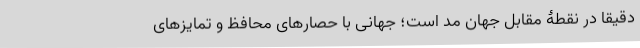
دقیقاً در نقطۀ مقابل جهان مد است؛ جهانی با حصارهای محافظ و تمایزهای